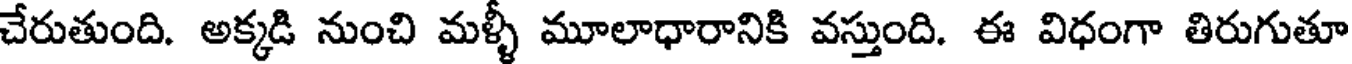
చేరుతుంది. అక్కడి నుంచి మళ్ళీ మూలాధారానికి వస్తుంది. ఈ విధంగా తిరుగుతూ